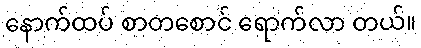
နောက်ထပ် စာတစောင် ရောက်လာ တယ်။